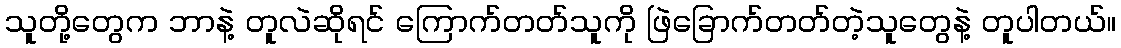
သူတို့တွေက ဘာနဲ့ တူလဲဆိုရင် ကြောက်တတ်သူကို ဖြဲခြောက်တတ်တဲ့သူတွေနဲ့ တူပါတယ်။